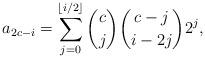
LaTeX: \begin{align*}a_{2c-i}&=\sum_{j=0}^{\lfloor i/2\rfloor}\binom{c}{j}\binom{c-j}{i-2j}2^j,\end{align*}